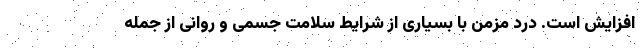
افزایش است. درد مزمن با بسیاری از شرایط سلامت جسمی و روانی از جمله